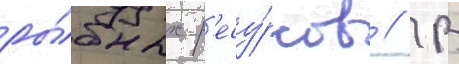
ры́бных р'есу́рсов // В